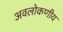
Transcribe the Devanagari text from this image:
अवलोकणीय